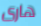
هارى